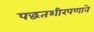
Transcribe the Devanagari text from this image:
पद्धतशीरपणाने